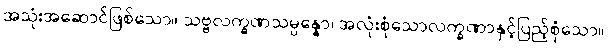
အသုံးအဆောင်ဖြစ်သော။ သဗ္ဗလက္ခဏသမ္ပန္နော၊ အလုံးစုံသောလက္ခဏာနှင့်ပြည့်စုံသော။